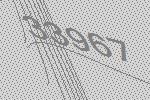
33967